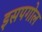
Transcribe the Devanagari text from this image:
इसपगोल